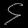
Digit: ၄